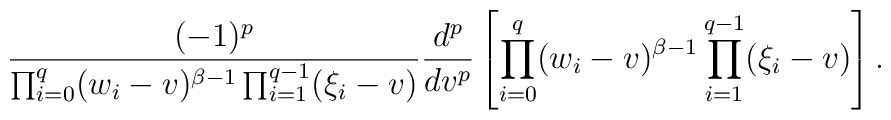
\frac{(-1)^{p}}{\prod_{i=0}^q (w_i-v)^{\beta-1}\prod_{i=1}^{q-1} (\xi_i-v)}\frac{d^p}{dv^p} \left[ \prod_{i=0}^q (w_i-v)^{\beta-1}\prod_{i=1}^{q-1} (\xi_i-v) \right] .